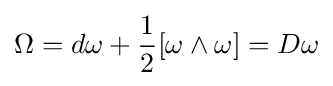
\Omega =d\omega +{1 \over 2}[\omega \wedge \omega ]=D\omega